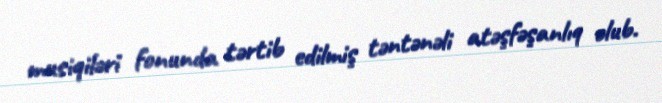
musiqiləri fonunda tərtib edilmiş təntənəli atəşfəşanlıq olub.